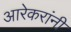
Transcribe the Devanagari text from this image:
आरेकरांनी